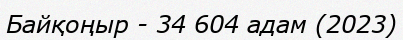
Байқоңыр - 34 604 адам (2023)